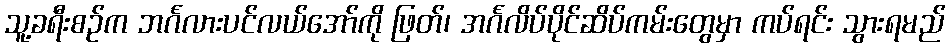
သူ့ခရီးစဉ်က ဘင်္ဂလားပင်လယ်အော်ကို ဖြတ်၊ အင်္ဂလိပ်ပိုင်ဆိပ်ကမ်းတွေမှာ ကပ်ရင်း သွားရမည်